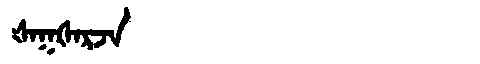
Manchu: ᡧᠠᡴᡧᠠᡵᠵᠠ
Romanization: ŠAKŠARJA